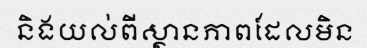
និងយល់ពីស្ថានភាពដែលមិន